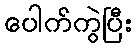
ပေါက်ကွဲပြီး